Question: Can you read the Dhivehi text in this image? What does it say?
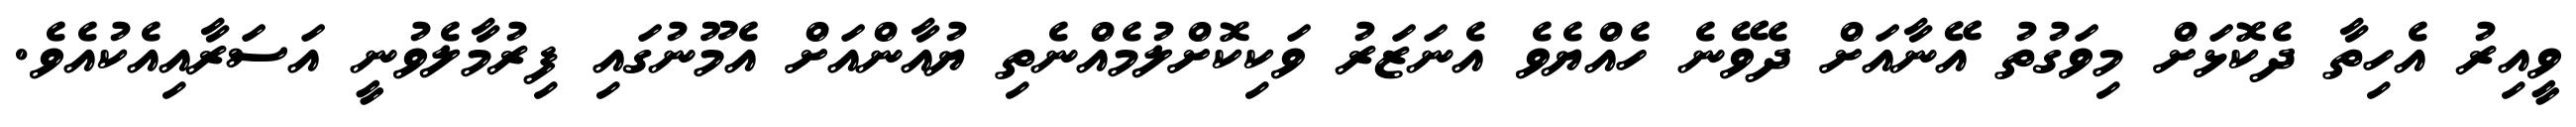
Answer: ވީއިރު އެހިތާ ދެކޮޅަށް މިވަގުތު އޭނާއަށް ދެވޭނެ ހެއްޔެވެ އެނަޒަރު ވަކިކޮށްލުމެއްނެތި ޔުއާންއަށް އެމޫނުގައި ފިރުމާލެވުނީ އަސަރާއިއެކުއެވެ.